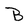
Character: B